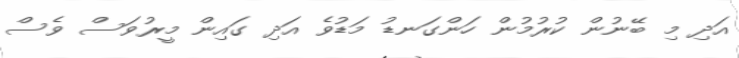
އަދި މި ބޭނުން ކުރުމުން ހަންގަނޑު މަޑުވެ އަދި ގައިން މީރުވަސް ވެސް